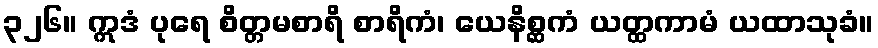
၃၂၆။ ဣဒံ ပုရေ စိတ္တမစာရိ စာရိကံ၊ ယေနိစ္ဆကံ ယတ္ထကာမံ ယထာသုခံ။